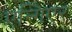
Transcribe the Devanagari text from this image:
एन्गिएर